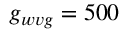
g _ { w v g } = 5 0 0